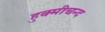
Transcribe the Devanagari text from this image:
हुक्मीचन्द